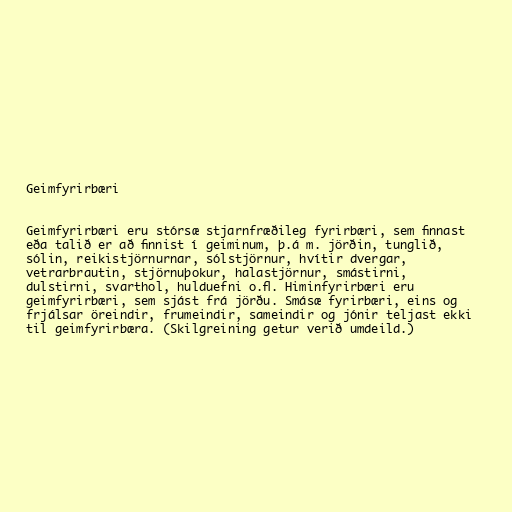
Geimfyrirbæri

Geimfyrirbæri eru stórsæ stjarnfræðileg fyrirbæri, sem finnast
eða talið er að finnist í geiminum, þ.á m. jörðin, tunglið,
sólin, reikistjörnurnar, sólstjörnur, hvítir dvergar,
vetrarbrautin, stjörnuþokur, halastjörnur, smástirni,
dulstirni, svarthol, hulduefni o.fl. Himinfyrirbæri eru
geimfyrirbæri, sem sjást frá jörðu. Smásæ fyrirbæri, eins og
frjálsar öreindir, frumeindir, sameindir og jónir teljast ekki
til geimfyrirbæra. (Skilgreining getur verið umdeild.)